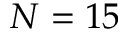
N = 1 5